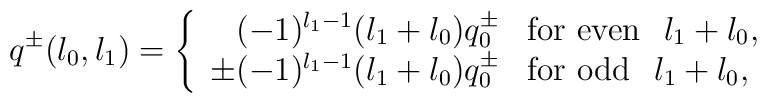
q^{\pm}(l_{0},l_{1}) = \left\{ \begin{array}{rl}(-1)^{l_{1}-1} (l_{1}+l_{0}) q^{\pm}_{0} & {\mbox{\rm for even}} \hspace{0.3 cm} l_{1}+l_{0},\\\pm (-1)^{l_{1}-1} (l_{1}+l_{0}) q^{\pm}_{0} & {\mbox{\rm for odd}} \hspace{0.3 cm} l_{1}+l_{0},\end{array} \right.